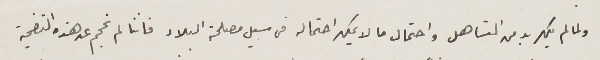
ولما لم يكن بد من التساهل واحتمال ما لا يمكن احتماله فى سبيل مصلحة البلاد فاننا لم نحجم عن هذه التضحية